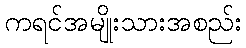
ကရင်အမျိုးသားအစည်း